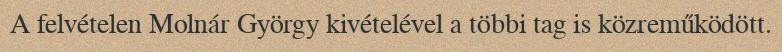
A felvételen Molnár György kivételével a többi tag is közreműködött.